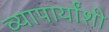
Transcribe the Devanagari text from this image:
व्यापार्यांशी